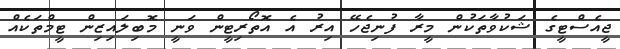
ޖީއެސްޓީގެ ޝަކުވާތަކުން މީރާ ފުނިޖެހޭ އިރު އެ އޮތޯރިޓީން ވަނީ މޮބިލައިޒިން ޓީމްތަކެއް